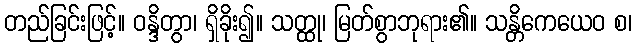
တည်ခြင်းဖြင့်။ ဝန္ဒိတွာ၊ ရှိခိုး၍။ သတ္ထု၊ မြတ်စွာဘုရား၏။ သန္တိကေယေဝ စ၊